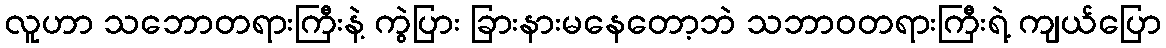
လူဟာ သဘောတရားကြီးနဲ့ ကွဲပြား ခြားနားမနေတော့ဘဲ သဘာဝတရားကြီးရဲ့ ကျယ်ပြော